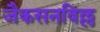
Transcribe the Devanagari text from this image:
जैकसनविल्ल